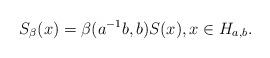
LaTeX: \begin{align*}S_\beta(x) = \beta(a^{-1}b,b)S(x), x \in H_{a,b}.\end{align*}